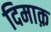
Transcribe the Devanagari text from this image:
दिमाक़